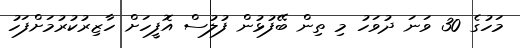
މަހުގެ 30 ވަނަ ދުވަހު މި ތިން ބޭފުޅުން ފުލުސް އޮފީހަށް ހާޒިރުކުރުމަށްފަހު